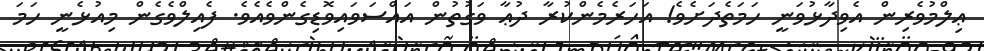
ޢިލްމުވެރިން އެވިދާޅުވަނީ ހަމަތެދަށެވެ! އަހަރެމެންކުރާ ދުޢާ ވަގުތުން އައްސަވައިވޮޑިގެންވެއެވެ. ފެއިލްވެގެން މިއުޅެނީ ހަމަ